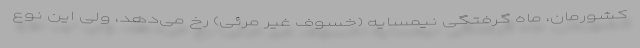
کشورمان، ماه گرفتگی نیمسایه (خسوف غیر مرئی) رخ می‌دهد، ولی این نوع